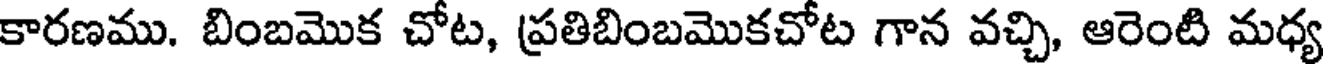
కారణము. బింబమొక చోట, ప్రతిబింబమొకచోట గాన వచ్చి, ఆరెంటి మధ్య